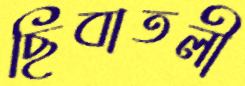
ছিবাতলী